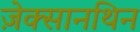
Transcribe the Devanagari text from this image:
ज़ेक्सानथिन